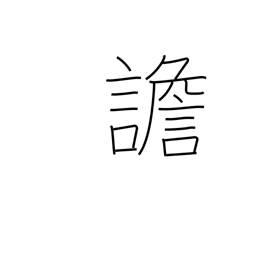
Meaning: delirious talk